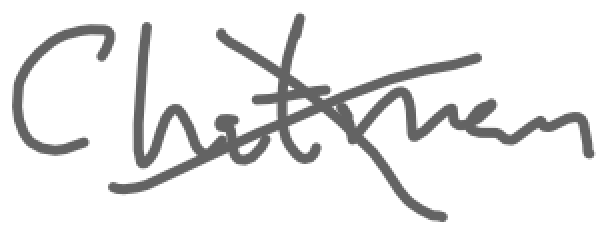
Text: Chatman
Cross-out: cross
Writing tool: digital_gray